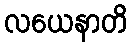
လယေနာတိ